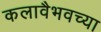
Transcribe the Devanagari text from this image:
कलावैभवच्या